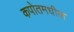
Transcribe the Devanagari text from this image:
कपोतमधील